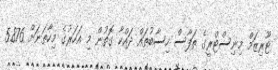
ޓޫރިޒަމް މިނިސްޓްރީގެ ތަފާސް ހިސާބުތައް ދައްކާ ގޮތުން މި އަހަރުގެ މިހާތަނަށް 5